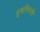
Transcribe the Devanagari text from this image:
सुचविण्याचे